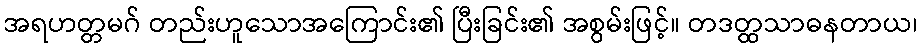
အရဟတ္တမဂ် တည်းဟူသောအကြောင်း၏ ပြီးခြင်း၏ အစွမ်းဖြင့်။ တဒတ္ထသာဓနတာယ၊